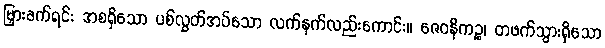
မြှားခက်ရင်း အစရှိသော ပစ်လွှတ်အပ်သော လက်နက်လည်းကောင်း။ ဇေဝနိကဉ္စ၊ တဖက်သွားရှိသော